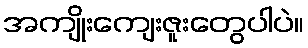
အကျိုးကျေးဇူးတွေပါပဲ။